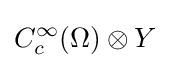
C_{c}^{\infty }(\Omega )\otimes Y